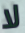
لا